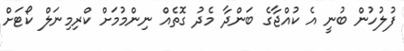
ފުލުހުން ބުނީ އެ ކުއްޖާގެ ބަންދާ މެދު ގޮތެއް ނިންމުމަށް ކްރިމިނަލް ކޯޓަށް